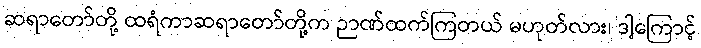
ဆရာတော်တို့ ထရံကာဆရာတော်တို့က ဉာဏ်ထက်ကြတယ် မဟုတ်လား၊ ဒါ့ကြောင့်